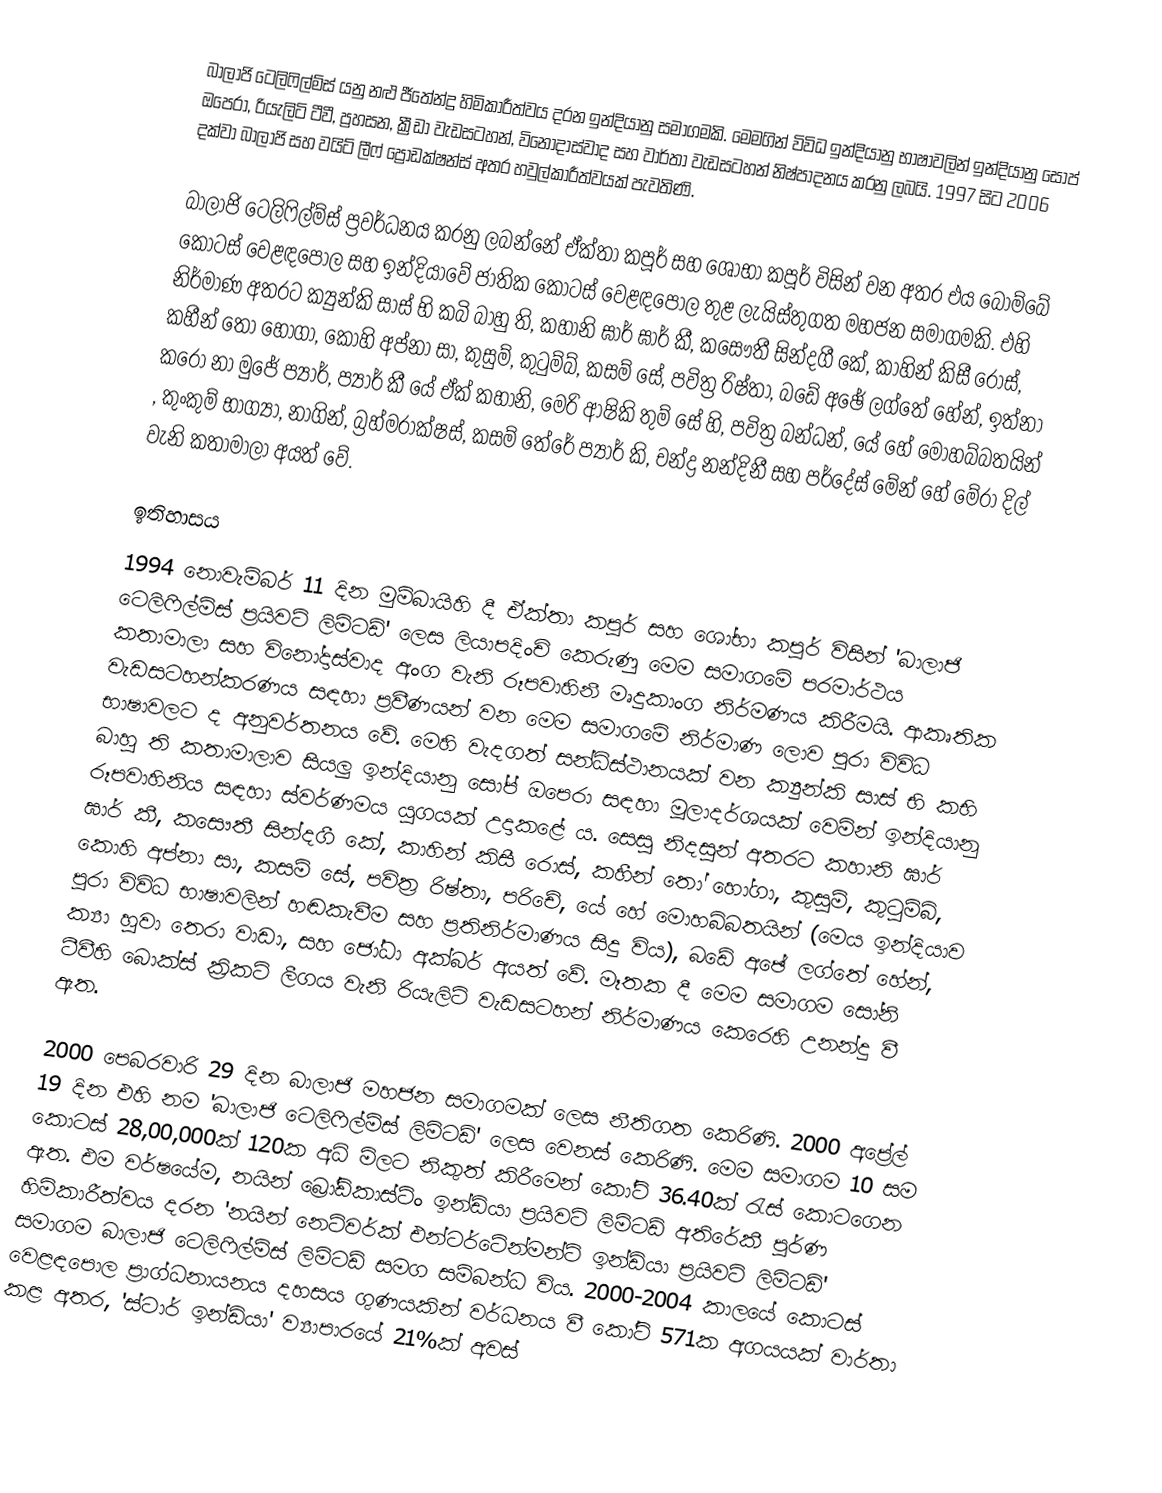
බාලාජි ටෙලිෆිල්ම්ස් යනු නළු ජීතේන්ද්‍ර හිමිකාරීත්වය දරන ඉන්දියානු සමාගමකි. මෙමගින් විවිධ ඉන්දියානු භාෂාවලින් ඉන්දියානු සෝප් ඔපෙරා, රියැලිටි ටීවී, ප්‍රහසන, ක්‍රීඩා වැඩසටහන්, විනෝදාස්වාද සහ වාර්තා වැඩසටහන් නිෂ්පාදනය කරනු ලබයි. 1997 සිට 2006 දක්වා බාලාජි සහ වයිට් ලීෆ් ප්‍රොඩක්ෂන්ස් අතර හවුල්කාරීත්වයක් පැවතිණි.

බාලාජි ටෙලිෆිල්ම්ස් ප්‍රවර්ධනය කරනු ලබන්නේ ඒක්තා කපූර් සහ ශෝභා කපූර් විසින් වන අතර එය බොම්බේ කොටස් වෙළඳපොල සහ ඉන්දියාවේ ජාතික කොටස් වෙළඳපොල තුළ ලැයිස්තුගත මහජන සමාගමකි. එහි නිර්මාණ අතරට ක්‍යුන්කි සාස් භි කබි බාහු ති, කහානි ඝාර් ඝාර් කී, කසෞතී සින්දගී කේ, කාහින් කිසී රොස්, කහීන් තෝ හෝගා, කොහි අප්නා සා, කුසුම්, කුටුම්බ්, කසම් සේ, පවිත්‍ර රිෂ්තා, බඩේ අඡේ ලග්තේ හේන්, ඉත්නා කරෝ නා මුජේ ප්‍යාර්, ප්‍යාර් කී යේ ඒක් කහානි, මෙරි ආෂිකි තුම් සේ හි, පවිත්‍ර බන්ධන්, යේ හේ මොහබ්බතයින් , කුංකුම් භාග්‍යා, නාගින්, බ්‍රහ්මරාක්ෂස්, කසම් තේරේ ප්‍යාර් කි, චන්ද්‍ර නන්දිනී සහ පර්දේස් මේන් හේ මේරා දිල් වැනි කතාමාලා අයත් වේ.

ඉතිහාසය
1994 නොවැම්බර් 11 දින මුම්බායිහි දී ඒක්තා කපූර් සහ ශෝභා කපූර් විසින් 'බාලාජි ටෙලිෆිල්ම්ස් ප්‍රයිවට් ලිමිටඩ්' ලෙස ලියාපදිංචි කෙරුණු මෙම සමාගමේ පරමාර්ථය කතාමාලා සහ විනෝදාස්වාද අංග වැනි රූපවාහිනී මෘදුකාංග නිර්මණය කිරීමයි. ආකෘතික වැඩසටහන්කරණය සඳහා ප්‍රවීණයන් වන මෙම සමාගමේ නිර්මාණ ලොව පුරා විවිධ භාෂාවලට ද අනුවර්තනය වේ. මෙහි වැදගත් සන්ධිස්ථානයක් වන ක්‍යුන්කි සාස් භි කභි බාහු ති කතාමාලාව සියලු ඉන්දියානු ‍සෝප් ඔපෙරා සඳහා මූලාදර්ශයක් වෙමින් ඉන්දියානු රූපවාහිනිය සඳහා ස්වර්ණමය යුගයක් උදාකළේ ය. සෙසු නිදසුන් අතරට කහානි ඝාර් ඝාර් කී, කසෞතී සින්දගී කේ, කාහින් කිසී රොස්, කහීන් තෝ හෝගා, කුසුම්, කුටුම්බ්, කොහි අප්නා සා, කසම් සේ, පවිත්‍ර රිෂ්තා, පරිචේ, යේ හේ මොහබ්බතයින් (මෙය ඉන්දියාව පුරා විවිධ භාෂාවලින් හඬකැවීම සහ ප්‍රතිනිර්මාණය සිදු විය), බඩේ අඡේ ලග්තේ හේන්, ක්‍යා හුවා තෙරා වාඩා, සහ ජෝධා අක්බර් අයත් වේ. මෑතක දී මෙම සමාගම සෝනි ටීවීහි බොක්ස් ක්‍රිකට් ලීගය වැනි රියැලිටි වැඩසටහන් නිර්මාණය කෙරෙහි උනන්දු වී ඇත.

2000 පෙබරවාරි 29 දින බාලාජි මහජන සමාගමක් ලෙස නීතිගත කෙරිණි. 2000 අප්‍රේල් 19 දින එහි නම 'බාලාජි ටෙලිෆිල්ම්ස් ලිමිටඩ්' ලෙස වෙනස් කෙරිණි. මෙම සමාගම 10 සම කොටස් 28,00,000ක් 120ක අධි මිලට නිකුත් කිරීමෙන්  කෝටි 36.40ක් රැස් කොටගෙන ඇත. එම වර්ෂයේම, නයින් බ්‍රෝඩ්කාස්ටිං ඉන්ඩියා ප්‍රයිවට් ලිමිටඩ් අතිරේකී පූර්ණ හිමිකාරීත්වය දරන 'නයින් නෙට්වර්ක් එන්ටර්ටේන්මන්ට් ඉන්ඩියා ප්‍රයිවට් ලිමිටඩ්' සමාගම බාලාජි ටෙලිෆිල්ම්ස් ලිමිටඩ් සමග සම්බන්ධ විය. 2000-2004 කාලයේ කොටස් වෙළඳපොල ප්‍රාග්ධනායනය දහසය ගුණයකින් වර්ධනය වී  කෝටි 571ක අගයයක් වාර්තා කළ අතර, 'ස්ටාර් ඉන්ඩියා' ව්‍යාපාරයේ 21%ක් අවස්